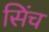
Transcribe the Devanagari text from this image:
सिंच